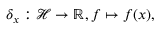
\delta _ { x } : \mathcal { H } \to \mathbb { R } , f \mapsto f ( x ) ,